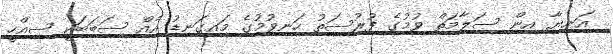
އަނިޔާ އިން ސަލާމަތް ވުމުގެ ފުރުސަތު ހަނިވުމުގެ މައިގަނޑު އެއް ސަބަބަކީ ސިއްހީ